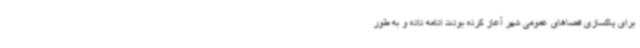
برای پاکسازی فضاهای عمومی شهر آغاز کرده بودند ادامه داده و به طور